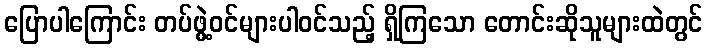
ပြောပါကြောင်း တပ်ဖွဲ့ဝင်များပါဝင်သည့် ရှိကြသော တောင်းဆိုသူများထဲတွင်